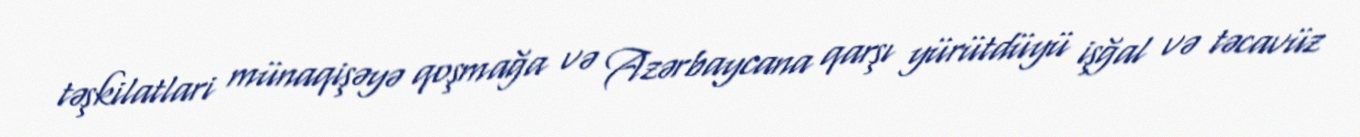
təşkilatlari münaqişəyə qoşmağa və Azərbaycana qarşı yürütdüyü işğal və təcavüz